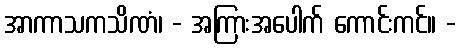
အာကာသကသိဏံ၊ - အကြားအပေါက် ကောင်းကင်။ -